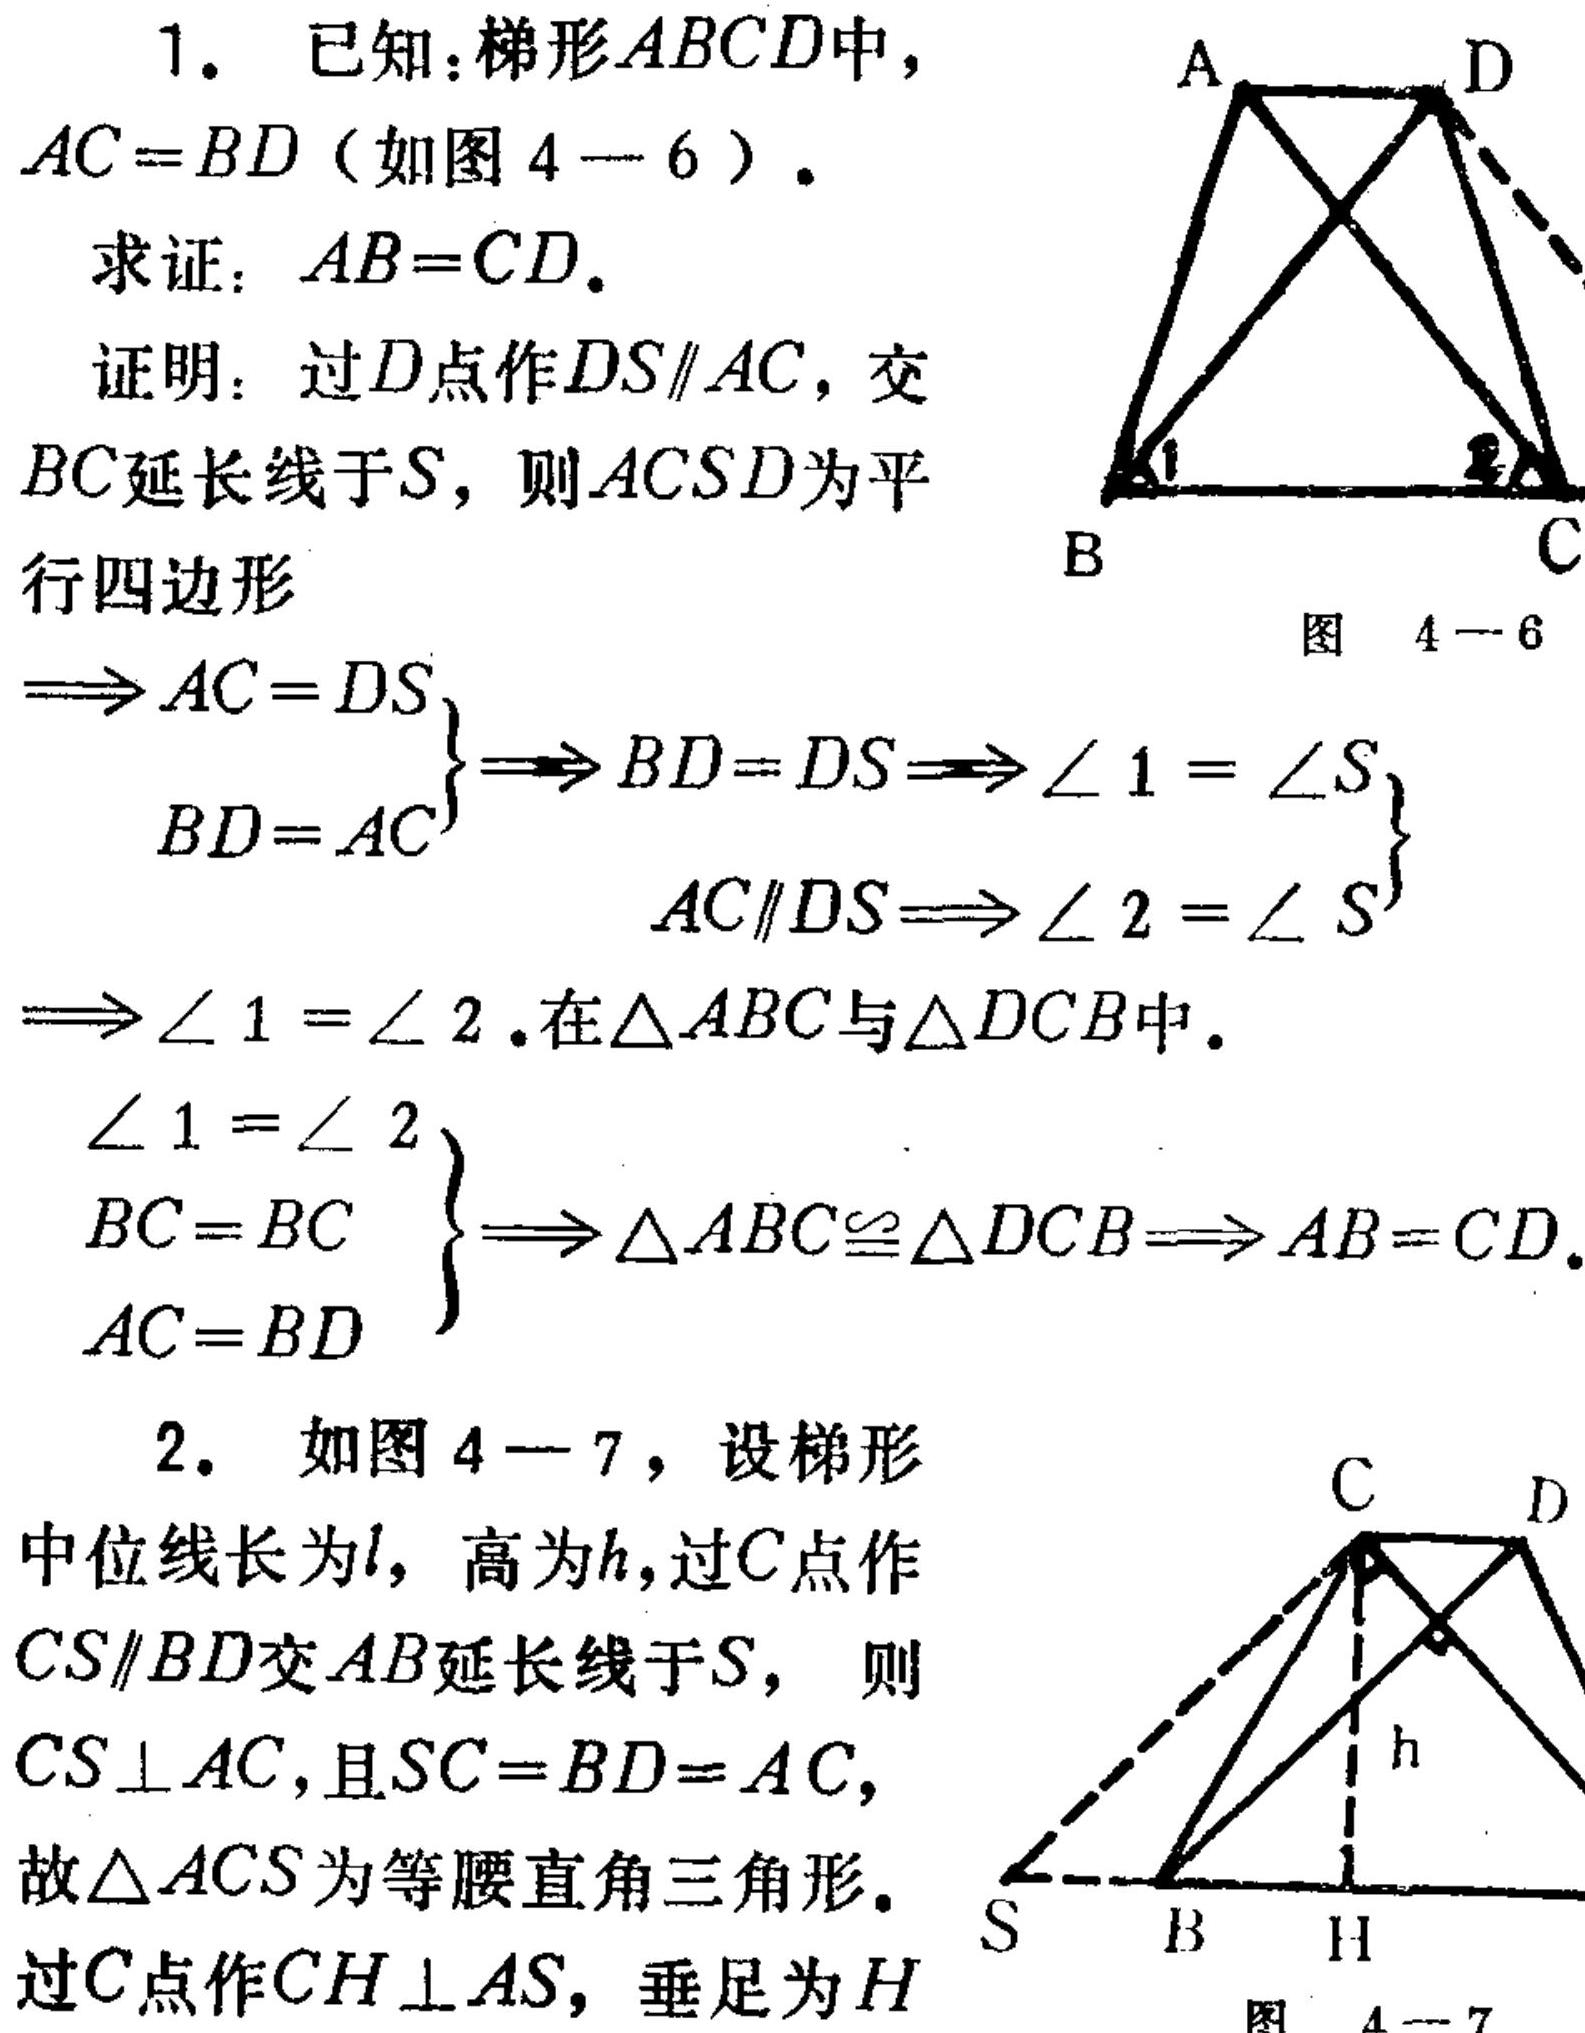
1. 已知：梯形\(ABCD\)中，\(AC = BD\)（如图 4—6）.
求证：\(AB = CD\).
证明：过\(D\)点作\(DS\parallel AC\)，交\(BC\)延长线于\(S\)，则\(ACSD\)为平行四边形
\(\left.\begin{align}
\Rightarrow AC = DS \\
BD = AC
\end{align}\right\}\Rightarrow BD = DS\Rightarrow\left.\begin{align}
\angle 1=\angle S \\
AC\parallel DS\Rightarrow\angle 2=\angle S
\end{align}\right\}\)
\(\Rightarrow\angle 1=\angle 2\).在\(\triangle ABC\)与\(\triangle DCB\)中.
\(\left.\begin{align}
\angle 1=\angle 2 \\
BC = BC \\
AC = BD
\end{align}\right\}\Rightarrow\triangle ABC\cong\triangle DCB\Rightarrow AB = CD\).
2. 如图 4—7，设梯形中位线长为\(l\)，高为\(h\)，过\(C\)点作\(CS\parallel BD\)交\(AB\)延长线于\(S\)， 则\(CS\perp AC\)，且\(SC = BD = AC\)，故\(\triangle ACS\)为等腰直角三角形. 过\(C\)点作\(CH\perp AS\)，垂足为\(H\)